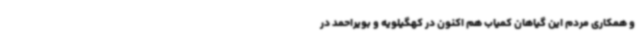
و همکاری مردم این گیاهان کمیاب هم اکنون در کهگیلویه و بویراحمد در